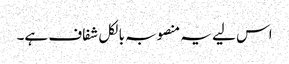
اس لیے یہ منصوبہ بالکل شفاف ہے۔